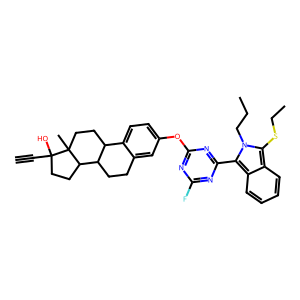
SMILES: C#CC1(O)CCC2C3CCc4cc(Oc5nc(F)nc(-c6c7ccccc7c(SCC)n6CCC)n5)ccc4C3CCC21C
Inhibits HIV replication: No